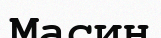
Масин